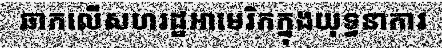
ឆាកលើសហរដ្ឋអាមេរិកក្នុងយុទ្ធនាការ